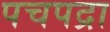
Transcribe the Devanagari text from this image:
पचपद्रा